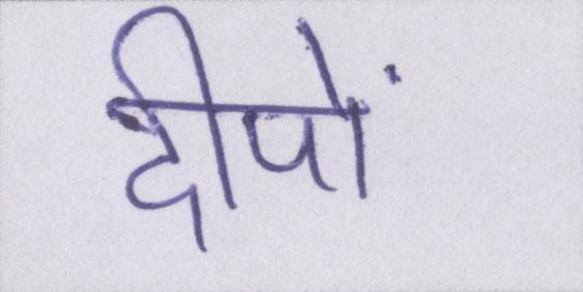
दीपों